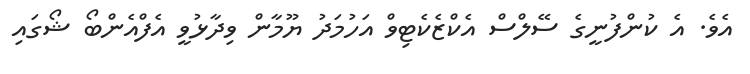
އެވެ. އެ ކުންފުނީގެ ސޭލްސް އެކްޒެކެޓިވް އަހުމަދު ޔޫމާން ވިދާޅުވީ އެފްއެންބޯ ޝޯގައި